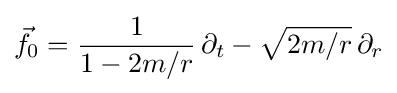
{\vec {f}}_{0}={\frac {1}{1-2m/r}}\,\partial _{t}-{\sqrt {2m/r}}\,\partial _{r}